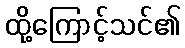
ထို့ကြောင့်သင်၏